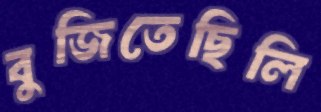
বুজিতেছিলি